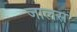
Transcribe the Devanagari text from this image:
जालस